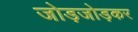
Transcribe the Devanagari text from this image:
जोड़जोड़कर